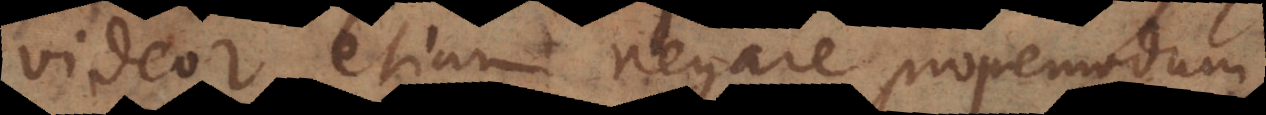
videor etiam negare propemodum